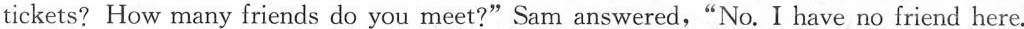
tickets? How many friends do you meet?"Sam answered, "No. I have no friend here.